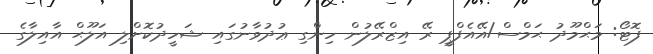
ފޮޓޯ: މަޙްމޫދު ޙަމްސް/އޭއެފްޕީ ރޭ އިޒްރޭލުން ހިންގި ޢުދުވާނުގައި ޝަހީދުކޮށްލި އަލޫޙް އާއިލާގެ